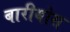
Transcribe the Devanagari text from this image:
बारीयोस